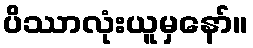
ပိဿာလုံးယူမှနော်။